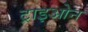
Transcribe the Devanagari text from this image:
ट्राइओन